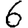
Digit: 6